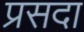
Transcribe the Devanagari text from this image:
प्रसदा